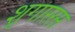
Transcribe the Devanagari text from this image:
शृगाररस